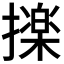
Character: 𭢫